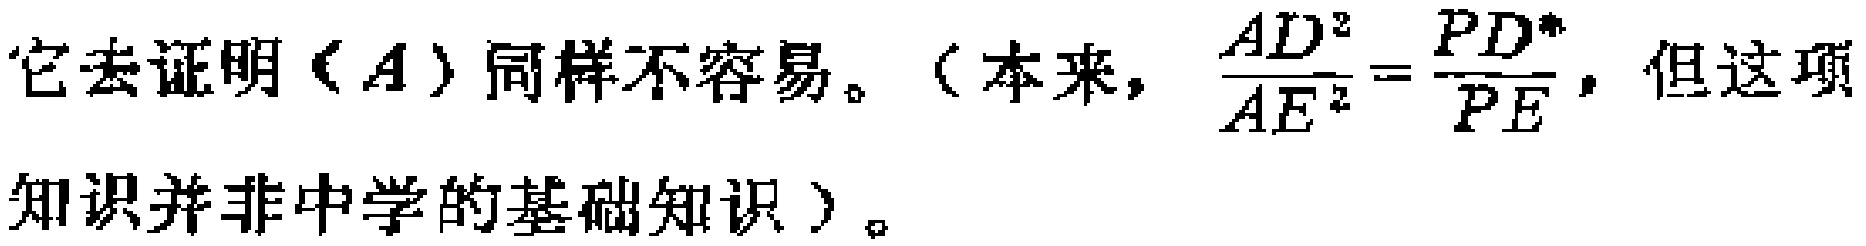
它去证明$(A)$同样不容易。（本来，$\frac{AD^{2}}{AE^{2}}=\frac{PD^{*}}{PE}$，但这项知识并非中学的基础知识）。